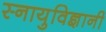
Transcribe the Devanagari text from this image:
स्नायुविज्ञानी